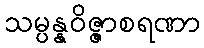
သမ္ပန္နဝိဇ္ဇာစရဏာ